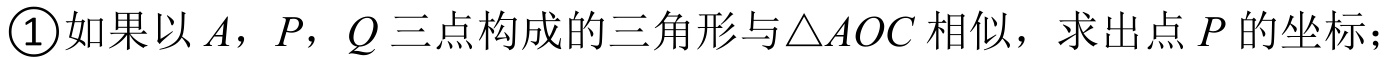
\textcircled{1}如果以\(A\)，\(P\)，\(Q\)三点构成的三角形与\(\triangle AOC\)相似，求出点\(P\)的坐标；